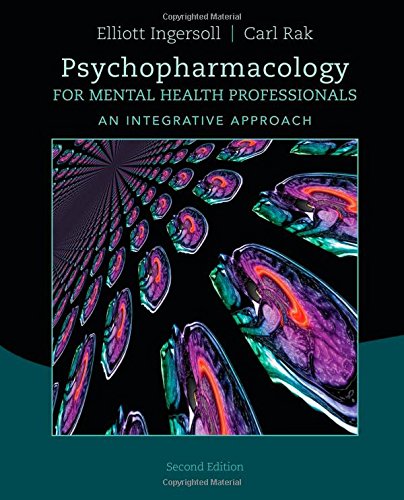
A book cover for Psychopharmacology for Mental Health Professionals: An Integrative Approach; R. Elliott Ingersoll; Medical Books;